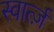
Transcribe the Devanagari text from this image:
स्वार्त्ज़